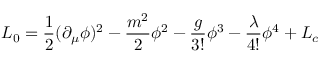
{ \cal L } _ { 0 } = { \frac { 1 } { 2 } } ( \partial _ { \mu } \phi ) ^ { 2 } - { \frac { m ^ { 2 } } { 2 } } \phi ^ { 2 } - { \frac { g } { 3 ! } } \phi ^ { 3 } - { \frac { \lambda } { 4 ! } } \phi ^ { 4 } + { \cal L } _ { c }